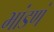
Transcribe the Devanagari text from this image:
भांडणं